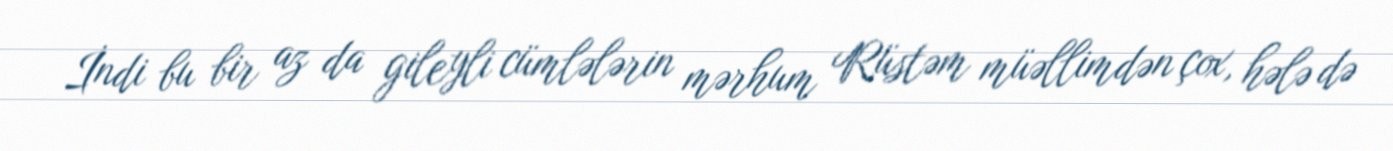
İndi bu bir az da gileyli cümlələrin mərhum Rüstəm müəllimdən çox, hələ də